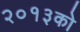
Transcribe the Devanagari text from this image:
२०१३को